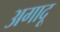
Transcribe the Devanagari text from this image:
अगादू